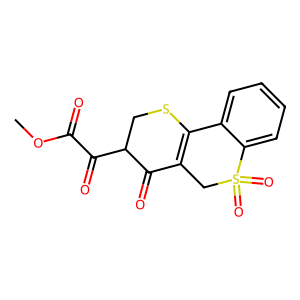
SMILES: COC(=O)C(=O)C1CSC2=C(CS(=O)(=O)c3ccccc32)C1=O
Inhibits HIV replication: No